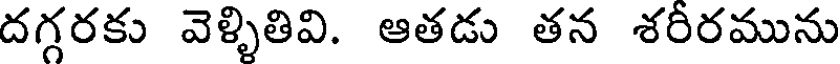
దగ్గరకు వెళ్ళితివి. ఆతడు తన శరీరమును